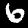
Digit: 6